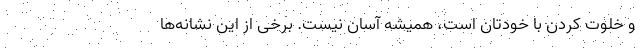
و خلوت کردن با خودتان است، همیشه آسان نیست. برخی از این نشانه‌ها